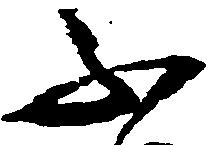
不